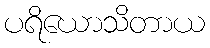
ပရိယောသိတာယ